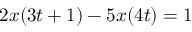
2 x ( 3 t + 1 ) - 5 x ( 4 t ) = 1